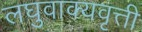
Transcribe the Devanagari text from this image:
लघुवाक्यवृत्ती